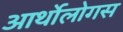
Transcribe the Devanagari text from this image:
आर्थोलोगस